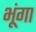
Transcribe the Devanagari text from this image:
भूंगा